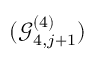
( \mathcal { G } _ { 4 , j + 1 } ^ { ( 4 ) } )